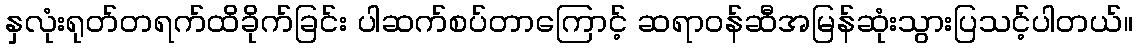
နှလုံးရုတ်တရက်ထိခိုက်ခြင်း ပါဆက်စပ်တာကြောင့် ဆရာဝန်ဆီအမြန်ဆုံးသွားပြသင့်ပါတယ်။